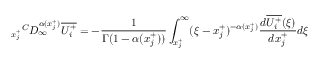
{ _ { x _ { j } ^ { + } } } ^ { C } D _ { \infty } ^ { \alpha ( x _ { j } ^ { + } ) } \overline { { U _ { i } ^ { + } } } = - \frac { 1 } { \Gamma ( 1 - \alpha ( x _ { j } ^ { + } ) ) } \int _ { x _ { j } ^ { + } } ^ { \infty } ( \xi - x _ { j } ^ { + } ) ^ { - \alpha ( x _ { j } ^ { + } ) } \frac { d \overline { { U _ { i } ^ { + } } } ( \xi ) } { d x _ { j } ^ { + } } d \xi